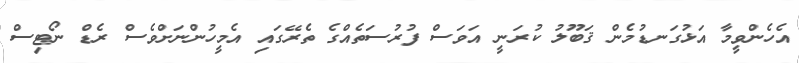
އެހެންވީމާ އަޅުގަނޑުމެން ޤަބޫލު ކުރަނީ އަވަސް ފުރުސަތެއްގެ ތެރޭގައި އެމީހުންނަށްވެސް ރެޑް ނޯޓިސް